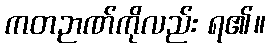
ကတဉာဏ်ကိုလည်း ရ၏။